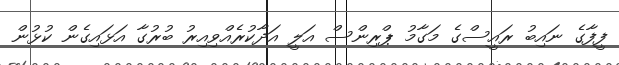
ފީފާގެ ނައިބު ރައީސްގެ މަގާމު ޕްރިންސް އަލީ އަދާކުރެއްވިއިރު ބުރުގާ އަޅައިގެން ކުޅުން